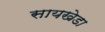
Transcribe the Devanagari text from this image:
सायखेडा